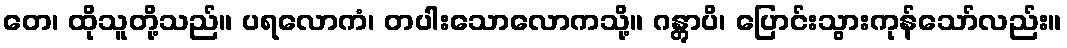
တေ၊ ထိုသူတို့သည်။ ပရလောကံ၊ တပါးသောလောကသို့။ ဂန္တွာပိ၊ ပြောင်းသွားကုန်သော်လည်း။